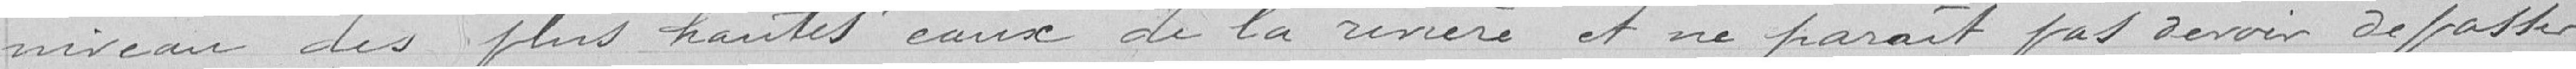
niveau des plus hautes eaux de la rivière et ne paraît pas devoir dépasser